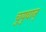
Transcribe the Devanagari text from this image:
चुयुवान्